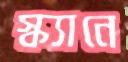
স্ক্যানে